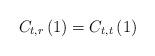
LaTeX: \begin{align*}C_{t,r}\left(1\right)=C_{t,t}\left(1\right)\end{align*}